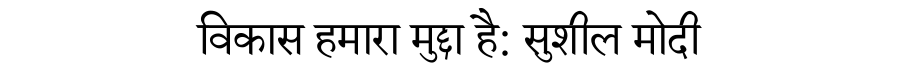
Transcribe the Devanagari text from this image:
विकास हमारा मुद्दा है: सुशील मोदी